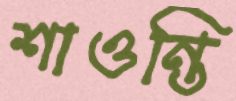
শাওন্তি